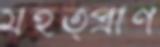
মহত্প্রাণ